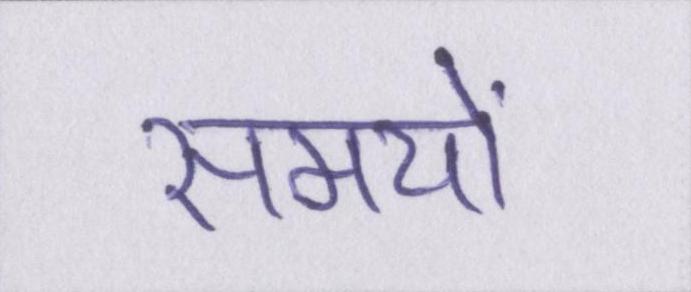
समयों